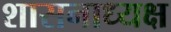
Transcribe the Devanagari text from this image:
शासनाध्‍यक्ष